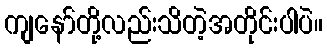
ကျနော်တို့လည်းသိတဲ့အတိုင်းပါပဲ။